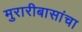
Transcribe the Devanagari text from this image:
मुरारीबासांचा